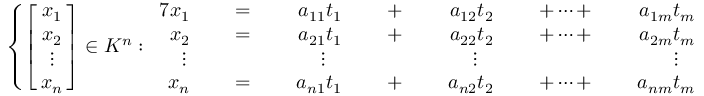
\left\{ \left[ \! \! { \begin{array} { c } { x _ { 1 } } \\ { x _ { 2 } } \\ { \vdots } \\ { x _ { n } } \end{array} } \! \! \right] \in K ^ { n } : { \begin{array} { r l r l r l r l r l r l r l } { { 7 } x _ { 1 } } & { { } } & { \; = \; } & { { } } & { a _ { 1 1 } t _ { 1 } } & { { } } & { \; + \; } & { { } } & { a _ { 1 2 } t _ { 2 } } & { { } } & { \; + \cdots + \; } & { { } } & { a _ { 1 m } t _ { m } } & { { } } \\ { x _ { 2 } } & { { } } & { \; = \; } & { { } } & { a _ { 2 1 } t _ { 1 } } & { { } } & { \; + \; } & { { } } & { a _ { 2 2 } t _ { 2 } } & { { } } & { \; + \cdots + \; } & { { } } & { a _ { 2 m } t _ { m } } & { { } } \\ { \vdots \, } & { { } } & { } & { { } } & { \vdots \; \; \; } & { { } } & { } & { { } } & { \vdots \; \; \; } & { { } } & { } & { { } } & { \vdots \; \; \; } & { { } } \\ { x _ { n } } & { { } } & { \; = \; } & { { } } & { a _ { n 1 } t _ { 1 } } & { { } } & { \; + \; } & { { } } & { a _ { n 2 } t _ { 2 } } & { { } } & { \; + \cdots + \; } & { { } } & { a _ { n m } t _ { m } } & { { } } \end{array} } { \mathrm { ~ f o r ~ s o m e ~ } } t _ { 1 } , \ldots , t _ { m } \in K \right\} .